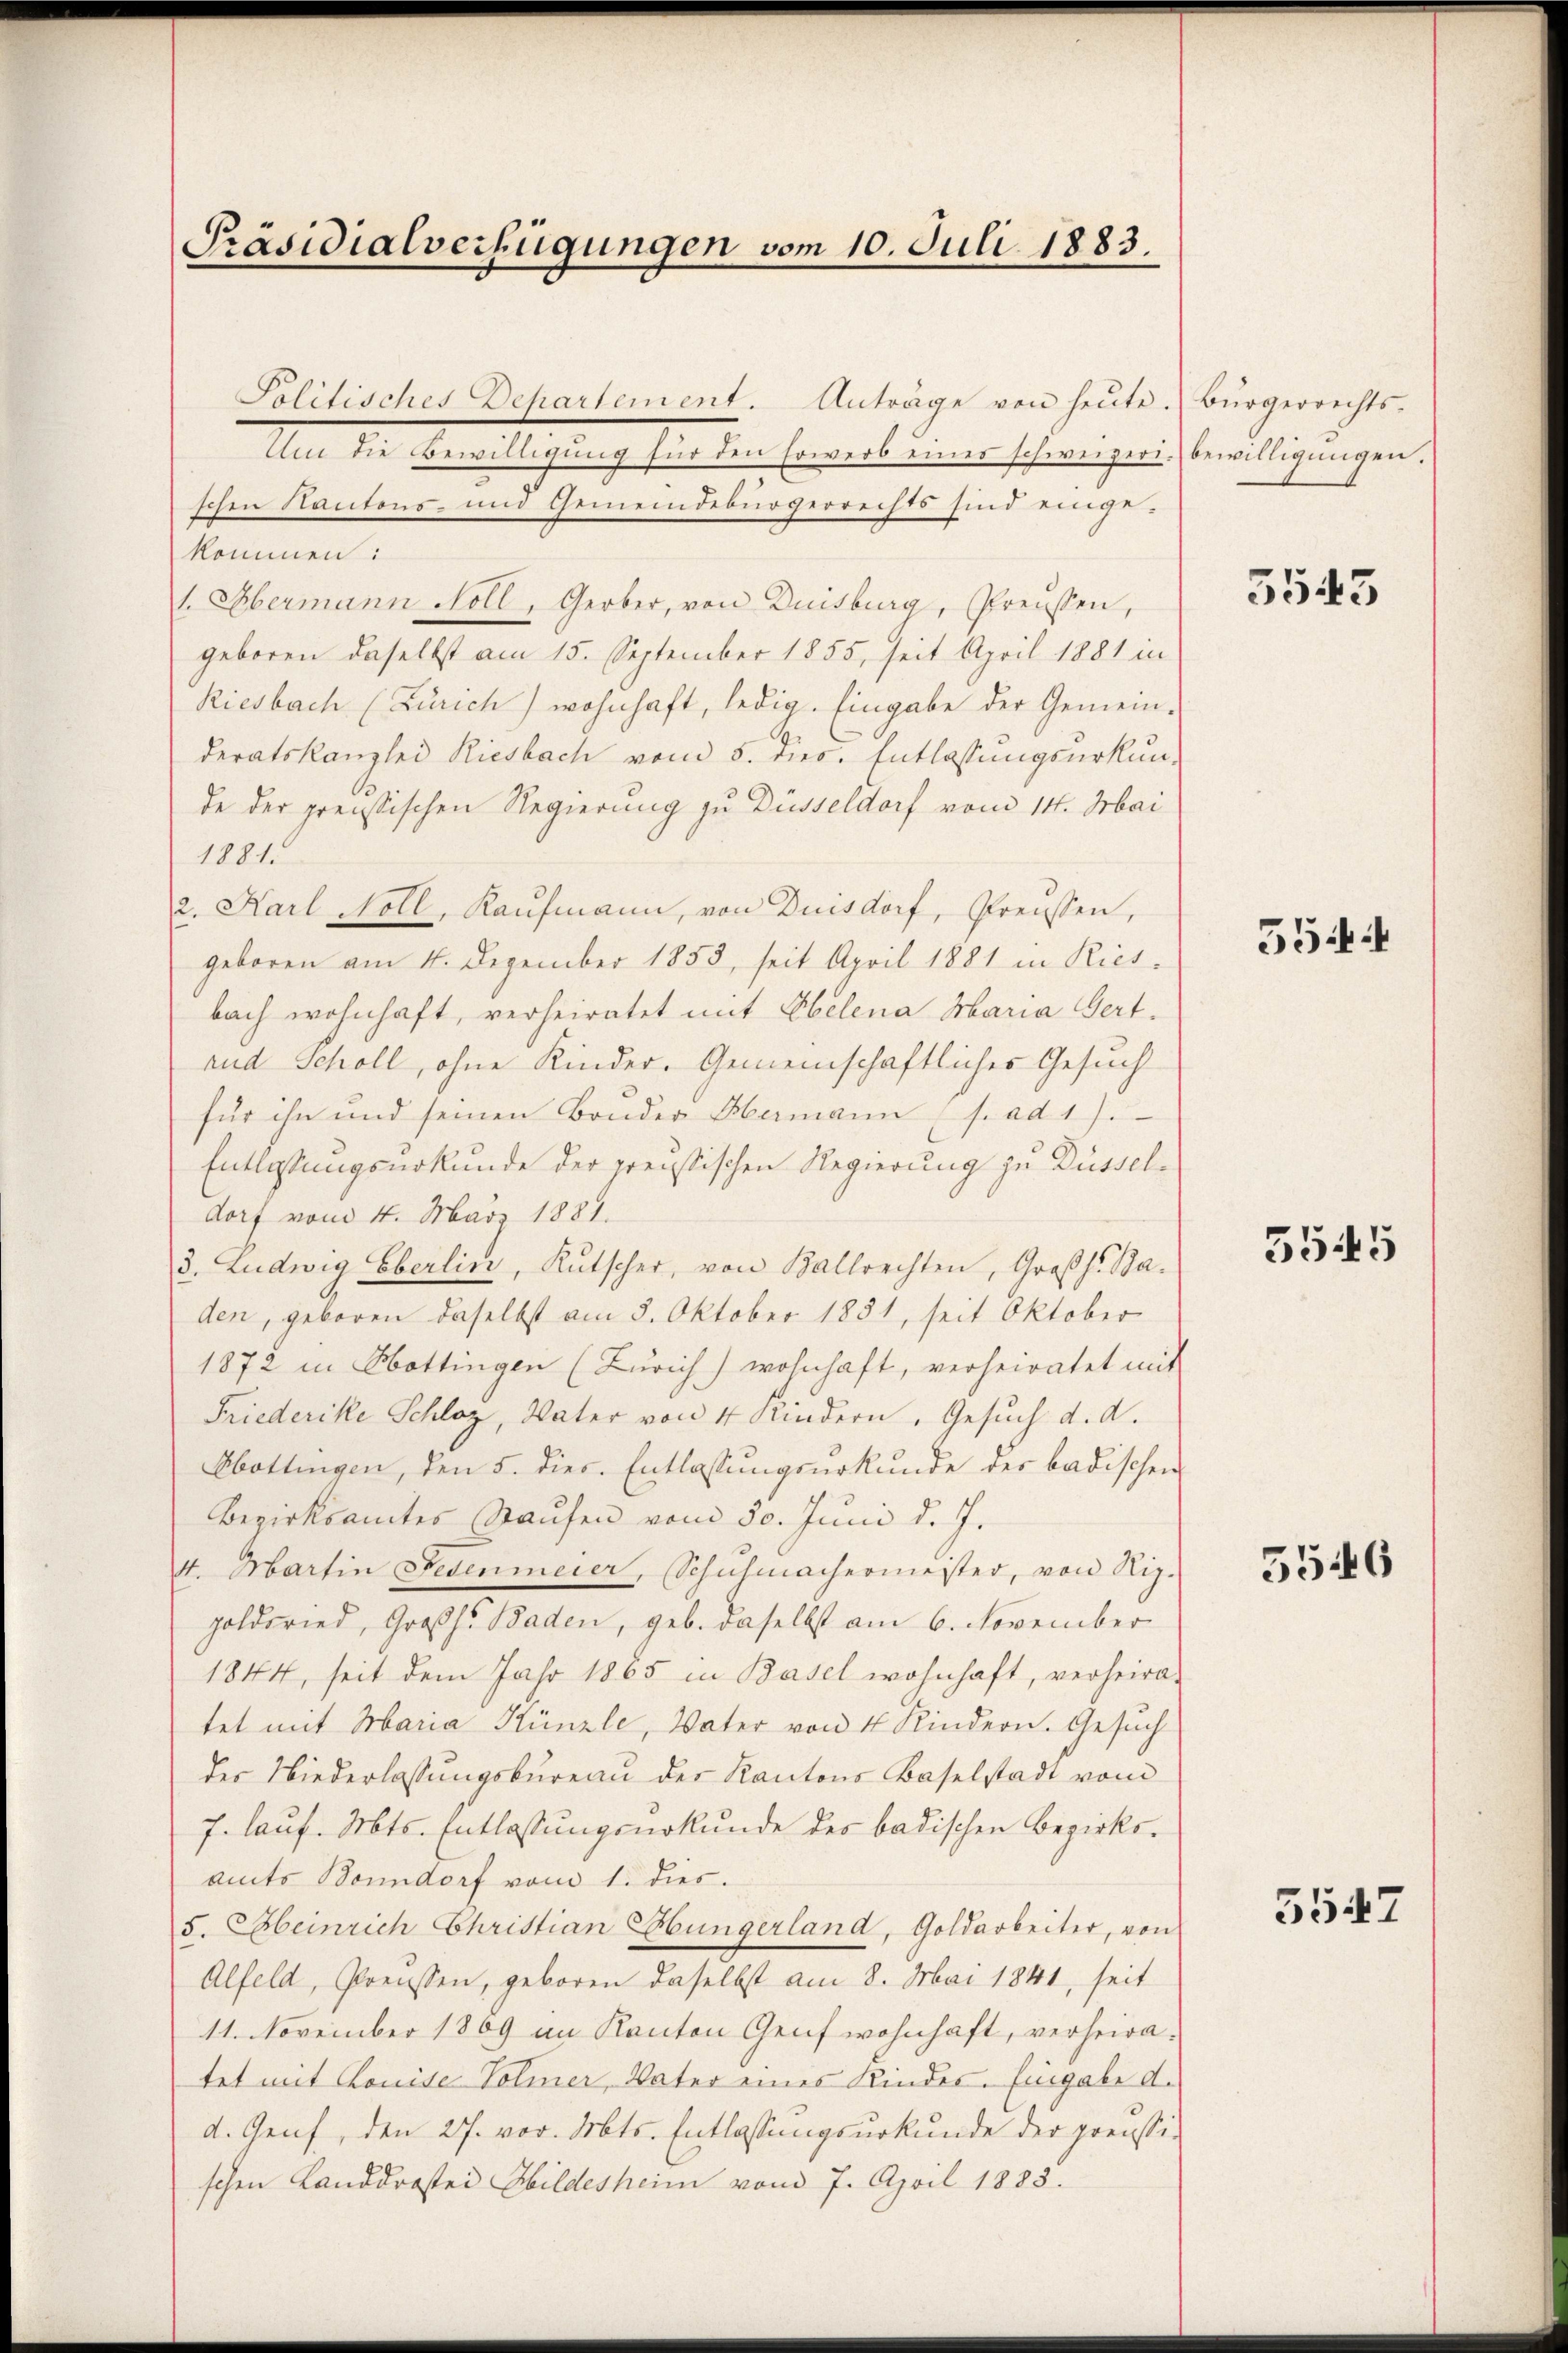
Präsidialverfügungen vom 10. Juli 1883.

Politisches Departement. Anträge von heute.
Um die Bewilligung für den sowerb eines schweizert.
schen Kantons- und Gemeindebürgerrechts sind einge-
kommen:
1. Obermann Noll, Gerber, von Duisburg, Preussen,
geboren daselbst am 15. September 1855, seit April 1881 in
Riesbach (Zürich) wohnhaft, ledig. Eingabe der Gemein-
deratskanzlei Riesbach vom 5. dies. Entlassungsurkunde der preissischen Regierung zu Düsseldorf vom 14. Mai
1881.
2. Karl Noll, Kaufmann, von Duisdorf, Preussen,
geboren am 14. Dezember 1853, seit April 1881 in Ries-
bach wohnhaft, verheiratet mit Helena Maria Gert.
und Schöll, ohne Kinder-Gemeinschaftliches Gesuch
für ihn und seinen Bonder Hermann (s. ad 1.
Entlassungsurkunde der preussischen Regierung zu Düsseldorf vom 4. März 1881.
3. Ludwig Eberlin, Kutscher, von Ballrechten, Großh. Baden, geboren daselbst am 5. Oktober 1851, seit Oktober
1872 in Hottingen (Zürich) wohnhaft, verheiratet mit
Friederike Schlaz, Vater von 4 Kindern, Gesuch d. d.
Obottingen, den 5. dies. Entlassungsurkunde der badischen
Bezirksamtes Raufen vom 30. Juni d. J.
4. Martin Fedenmeier, Schuhmachermeister, von Niz.
Goldsried, Großh. Baden, geb. daselbst am 6. November
1844, seit dem Jahr 1865 in Basel wohnhaft, verheiratet mit Maria Künzle, Vater von 4 Kindern. Gesuch
des Niederlassungsbureau der Kantons Baselstadt vom
7. lauf. Mts. Entlassungsurkunde des badischen Bezirksamts Bonndorf vom 1. dies.
5. Meinrich Christian Hungerland, Goldarbeiter, von
Alfeld, Preissen, geboren daselbst am 8. Mai 1841, seit
11. November 1869 am Kanton Genf wohnhaft, verheiratet mit Louise Volmer, Vater eines Kindes. Eingabe d.
d. Genf, den 27. vor. Mts. Entlassungsurkunde der preussischen Landdrastei Hildesheim vom 7. April 1883.

Bürgerrechtsbewilligungen.

3543

554:

5545

5546

5547